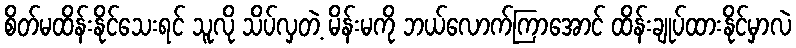
စိတ်မထိန်းနိုင်သေးရင် သူလို သိပ်လှတဲ့ မိန်းမကို ဘယ်လောက်ကြာအောင် ထိန်းချုပ်ထားနိုင်မှာလဲ